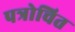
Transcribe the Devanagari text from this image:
पत्रोचित